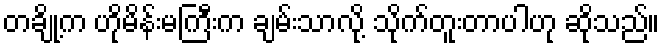
တချို့က ဟိုမိန်းမကြီးက ချမ်းသာလို့ သိုက်တူးတာပါဟု ဆိုသည်။